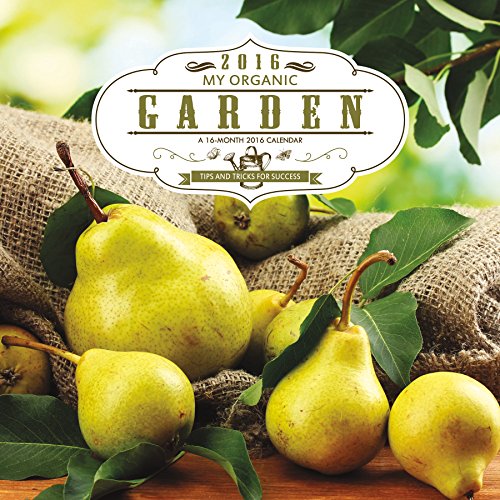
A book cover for Organic Gardening 2016 Wall Calendar; Trends International; Calendars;